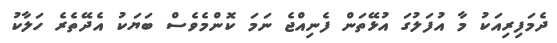
ދެމަފިރިއަކު މާ އުފަލުގަ އުޅޭތަން ފެނިއްޖެ ނަމަ ކޮންމެވެސް ބަޔަކު އެދޭތެރެ ހަލާކު